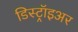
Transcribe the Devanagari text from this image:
डिस्ट्रॉइअर